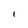
Character: I